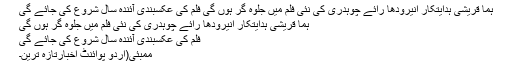
ہما قریشی ہدایتکار انیرودھا رائے چوہدری کی نئی فلم میں جلوہ گر ہوں گی فلم کی عکسبندی آئندہ سال شروع کی جائے گی
ہما قریشی ہدایتکار انیرودھا رائے چوہدری کی نئی فلم میں جلوہ گر ہوں گی
فلم کی عکسبندی آئندہ سال شروع کی جائے گی
ممبئی(اُردو پوائنٹ اخبارتازہ ترین۔